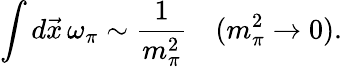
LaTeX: \int d\vec{x}\, \omega_{\pi}\sim\frac 1{m_{\pi}^{2}}\quad(m_{\pi}^{2}\rightarrow 0).